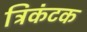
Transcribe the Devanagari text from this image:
त्रिकंटक